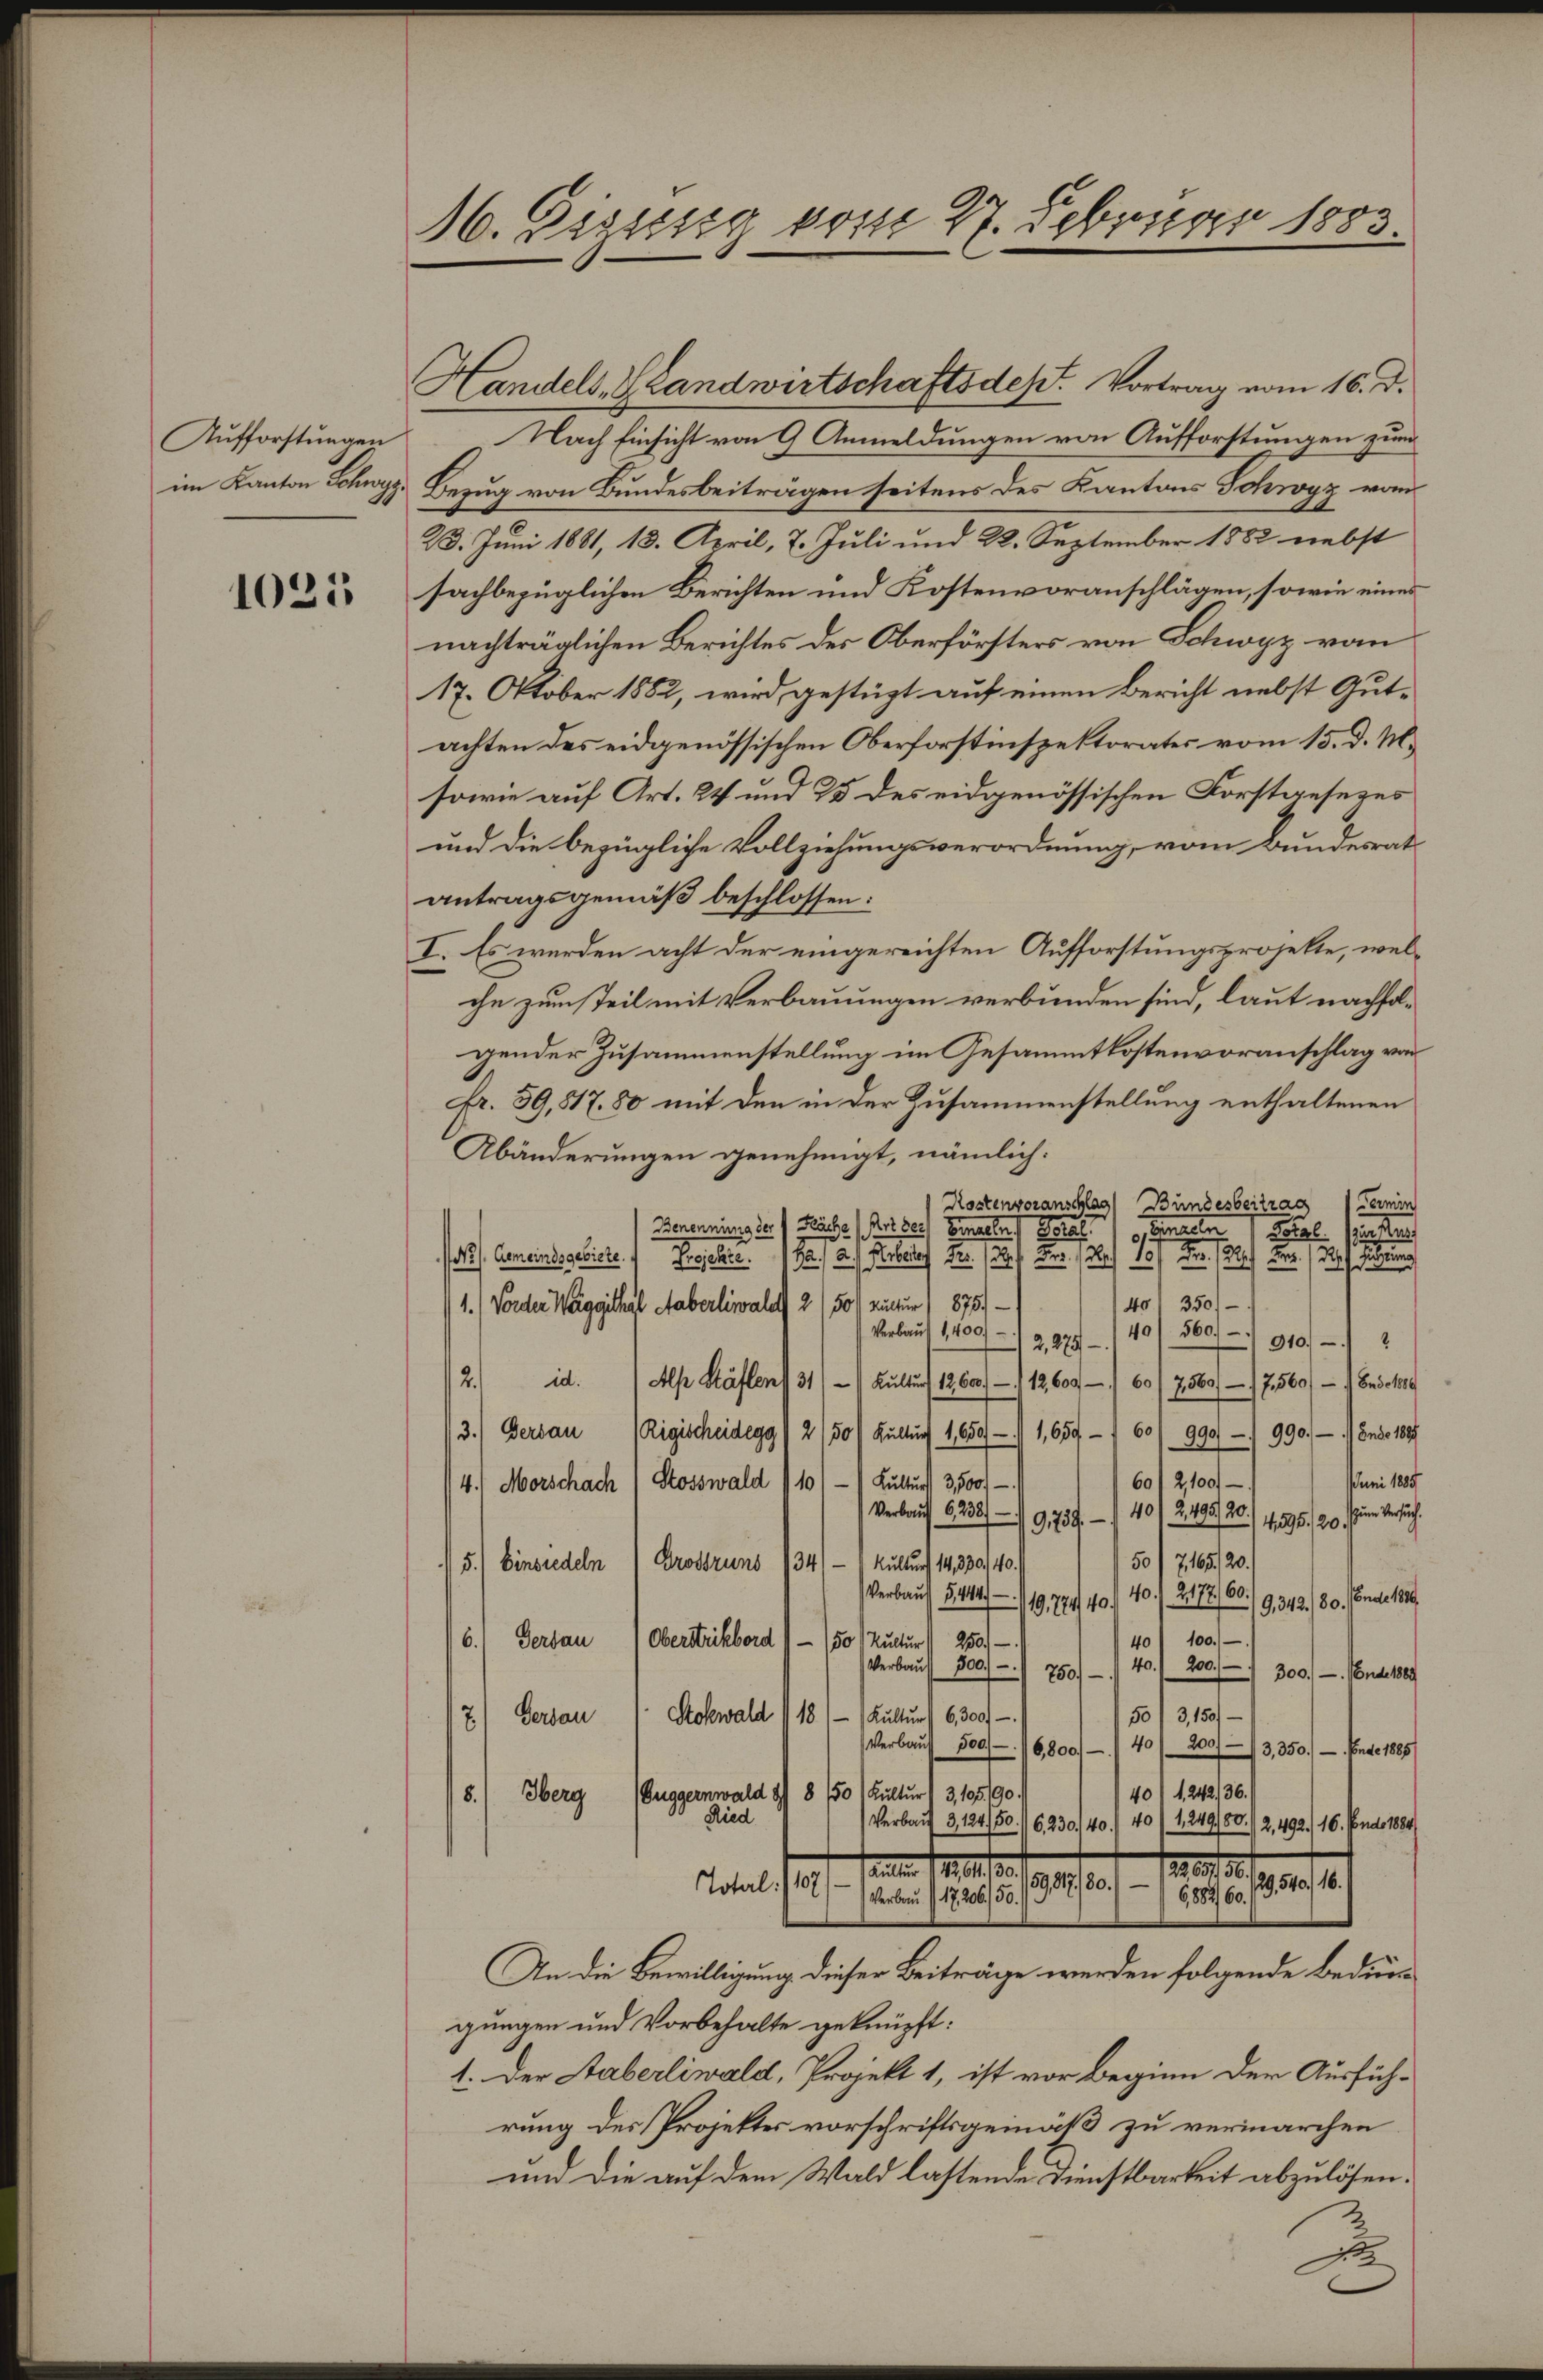
Aufforstungen
im Kanton Schwyz.

1025

M. Gisissig vom 27. Februar 1883

Handels, Handwirtschaftsdest. Vortrag vom 16. d.
Nach Einsicht von 9 Anmeldungen von Aufforstungen zum
Bezug von Bundesbeiträgen seitens des Kantons Schwyz vom
23. Juni 1881, 13. April, 7. Juli und 22. September 1882 nebst
sachbezüglichen Berichten und Kostenvoranschlägen, sowie eines
nachträglichen Berichtes der Oberförsters von Schwyz vom
17. Oktober 1882, wird gestüzt auf einen Bericht nebst Gutachten des eidgenössischen Oberforstinspektorates vom 15. d. M.
sowie auf Art. 24 und 25 des eidgenössischen Forstgesezes
und die bezügliche Vollziehungsverordnung, vom Bundesrat
antragsgemäß beschlossen:
I. Es werden acht der eingereichten Aufforstungsprojekte, welche zum Teil mit Verbauungen verbunden sind, laut nachfolgender Zusammenstellung im Gesammtkostenvoranschlag von
kr. 59,81780 mit den in der Zusammenstellung enthaltenen
Abänderungen genehmigt, nämlich:
Termin
Kostenvoranschlag, Bundesbeitrag
Benennung der Fäche Art der Einzeln.
o termalen
22
Bl. 15
/ Cementschicke I. Basler.                                                12 Fr. 12

40 350.
1.) Vorder Weiggithal Haberliwaldt 2/50 Lectur , 1875.
560.
Verbaut 1, 400 - 12, 1879 - 140
910.
2. d. Als Häflen 311 - 1 Kultus 1860. 12609 - 1 60/2560, 17560 - 4. Beschre
3.) Derbau
Rigischeidegg /2/50/Kulturs 1,650/11 1,659 - 1 60/ 990 — 990, 1 Ende 1891
Juni 1885
3,500/
60) 2,100
4.) Morschach Stosswald 110, — Kultur
Verkauf 6238)
40) 2,495/20.
um Versuch.
9759.
4295/20.
50/7165/20.
Kultur 14, 330. 140.
34
5.) Einsiedeln) Grostruns
Verbaus 5444
19,724/40. 40. / 2177/60.
19, 342. 80. Ende 1890.
100.
6.) Gerbau
50) Kultur 250.
Oberstrikberd
40
40.
200.)
Verkaŭf 300. 750.
300. — Nonde 1889
118
50/3,150.
Kultur (6, 300f
7.) Gersau 1. Stobwald
Verbaŭf 500/16,800 - 40/200//3,350. — Ende 1885/
401, 242/36.
8.
(Buggernwald 9/8 150 Kultur
3,195/90
Herg
Ried
Verkauf 3,124/50. 116,230/40.) 40/1249/50./2,492. 16. Ende 1884
 1810.
santen 11. 11.
19,540. 16.
Total:/11/11 15. 1910.
6,882/60.)
An die Bewilligung dieser Beiträge werden folgende Bedürgungen und Vorbehalte geknüpft:
1. Der Staberliwald, Projekt 1, ist vor Beginn der Ausführung des Projektes vorschriftsgemäß zu vermarchen
und die auf dem Wald lastende Dienstbarkeit abzulösen.
A